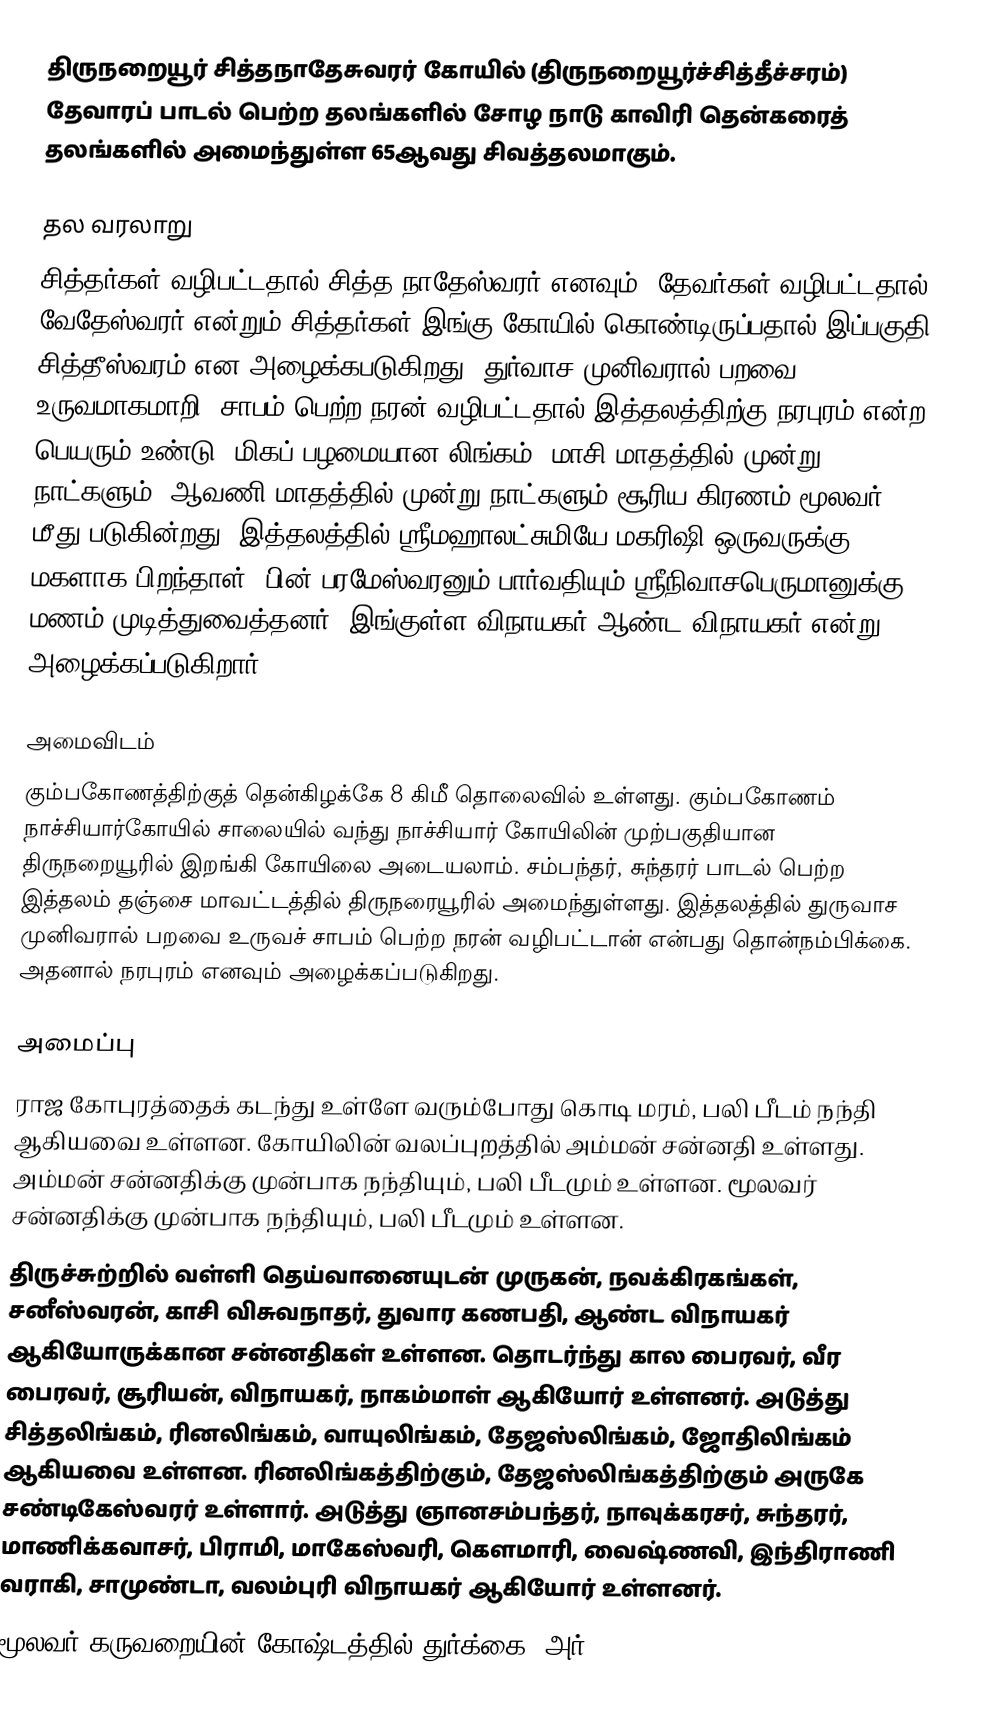
திருநறையூர் சித்தநாதேசுவரர் கோயில் (திருநறையூர்ச்சித்தீச்சரம்) தேவாரப் பாடல் பெற்ற தலங்களில் சோழ நாடு காவிரி தென்கரைத் தலங்களில் அமைந்துள்ள 65ஆவது சிவத்தலமாகும்.

தல வரலாறு
சித்தர்கள் வழிபட்டதால் சித்த நாதேஸ்வரர் எனவும், தேவர்கள் வழிபட்டதால் வேதேஸ்வரர் என்றும் சித்தர்கள் இங்கு கோயில் கொண்டிருப்பதால் இப்பகுதி சித்தீஸ்வரம் என அழைக்கபடுகிறது. துர்வாச முனிவரால் பறவை உருவமாகமாறி, சாபம் பெற்ற நரன் வழிபட்டதால் இத்தலத்திற்கு நரபுரம் என்ற பெயரும் உண்டு. மிகப் பழமையான லிங்கம். மாசி மாதத்தில் முன்று நாட்களும், ஆவணி மாதத்தில் முன்று நாட்களும் சூரிய கிரணம் மூலவர் மீது படுகின்றது. இத்தலத்தில் ஸ்ரீமஹாலட்சுமியே மகரிஷி ஒருவருக்கு மகளாக பிறந்தாள். பின் பரமேஸ்வரனும் பார்வதியும் ஸ்ரீநிவாசபெருமானுக்கு மணம் முடித்துவைத்தனர். இங்குள்ள விநாயகர் ஆண்ட விநாயகர் என்று அழைக்கப்படுகிறார்.

அமைவிடம்
கும்பகோணத்திற்குத் தென்கிழக்கே 8 கிமீ தொலைவில் உள்ளது. கும்பகோணம் நாச்சியார்கோயில் சாலையில் வந்து நாச்சியார் கோயிலின் முற்பகுதியான திருநறையூரில் இறங்கி கோயிலை அடையலாம்.  சம்பந்தர், சுந்தரர் பாடல் பெற்ற இத்தலம் தஞ்சை மாவட்டத்தில் திருநரையூரில் அமைந்துள்ளது. இத்தலத்தில் துருவாச முனிவரால் பறவை உருவச் சாபம் பெற்ற நரன் வழிபட்டான் என்பது தொன்நம்பிக்கை. அதனால் நரபுரம் எனவும் அழைக்கப்படுகிறது.

அமைப்பு
 ராஜ கோபுரத்தைக் கடந்து உள்ளே வரும்போது கொடி மரம், பலி பீடம் நந்தி ஆகியவை உள்ளன. கோயிலின் வலப்புறத்தில் அம்மன் சன்னதி உள்ளது. அம்மன் சன்னதிக்கு முன்பாக நந்தியும், பலி பீடமும் உள்ளன. மூலவர் சன்னதிக்கு முன்பாக நந்தியும், பலி பீடமும் உள்ளன.
திருச்சுற்றில் வள்ளி தெய்வானையுடன் முருகன், நவக்கிரகங்கள், சனீஸ்வரன், காசி விசுவநாதர், துவார கணபதி, ஆண்ட விநாயகர் ஆகியோருக்கான சன்னதிகள் உள்ளன. தொடர்ந்து கால பைரவர், வீர பைரவர், சூரியன், விநாயகர், நாகம்மாள் ஆகியோர் உள்ளனர். அடுத்து சித்தலிங்கம், ரினலிங்கம், வாயுலிங்கம், தேஜஸ்லிங்கம், ஜோதிலிங்கம் ஆகியவை உள்ளன. ரினலிங்கத்திற்கும், தேஜஸ்லிங்கத்திற்கும் அருகே சண்டிகேஸ்வரர் உள்ளார்.  அடுத்து ஞானசம்பந்தர், நாவுக்கரசர், சுந்தரர், மாணிக்கவாசர், பிராமி, மாகேஸ்வரி, கௌமாரி, வைஷ்ணவி, இந்திராணி வராகி, சாமுண்டா, வலம்புரி விநாயகர் ஆகியோர் உள்ளனர்.
மூலவர் கருவறையின் கோஷ்டத்தில் துர்க்கை, அர்